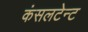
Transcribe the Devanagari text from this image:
कंसलटेन्ट